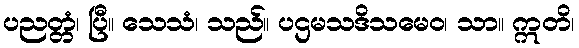
ပညတ္တံ၊ ပြီ။ သေသံ၊ သည်။ ပဌမသဒိသမေဝ၊ သာ။ ဣတိ၊